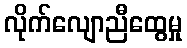
လိုက်လျောညီထွေမှု